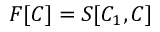
F [ C ] = S [ C _ { 1 } , C ]